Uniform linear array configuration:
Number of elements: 8
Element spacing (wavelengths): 0.75
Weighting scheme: exponential
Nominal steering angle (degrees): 30
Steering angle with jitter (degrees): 29.966
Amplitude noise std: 0.05
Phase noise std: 0.05

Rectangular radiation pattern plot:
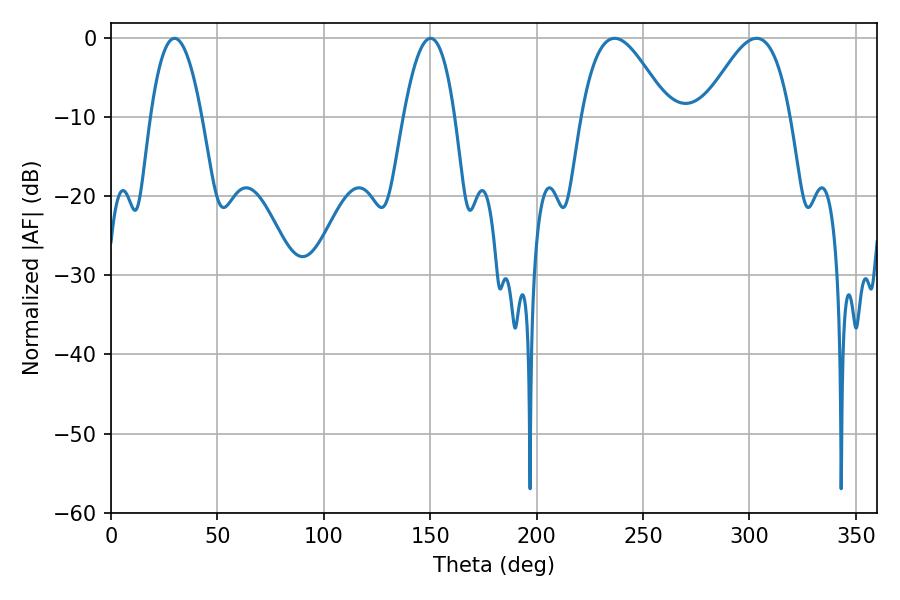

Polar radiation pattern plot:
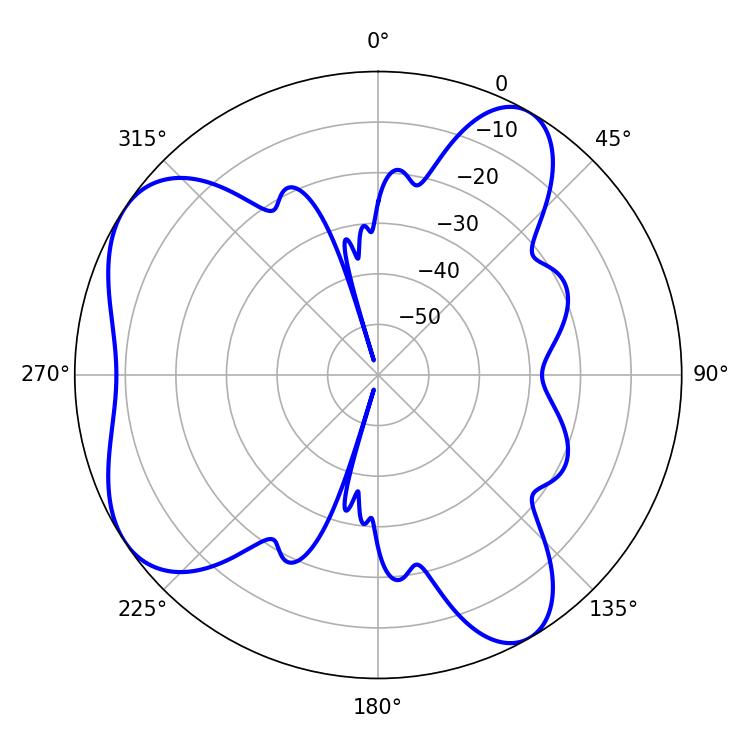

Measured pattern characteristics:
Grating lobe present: TRUE
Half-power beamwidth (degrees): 13.32
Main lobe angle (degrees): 29.88